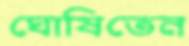
ঘোষিতেন